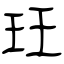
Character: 玨